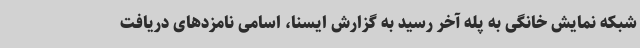
شبکه نمایش خانگی به پله آخر رسید به گزارش ایسنا، اسامی نامزدهای دریافت